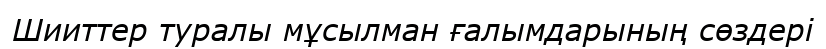
Шииттер туралы мұсылман ғалымдарының сөздері